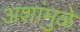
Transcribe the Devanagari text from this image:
अशांमुळे